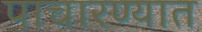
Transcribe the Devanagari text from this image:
पाचारण्यात